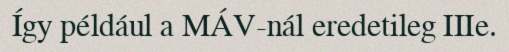
Így például a MÁV-nál eredetileg IIIe.